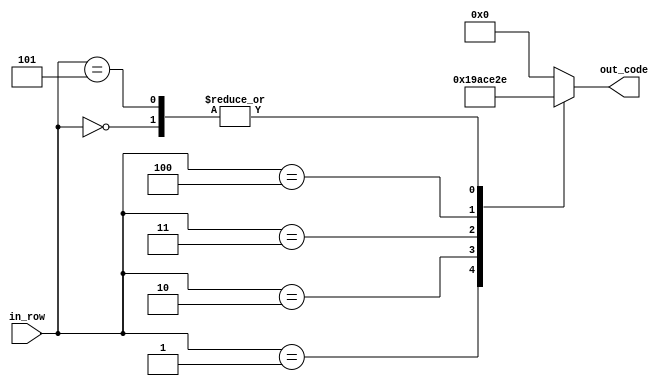
module num_0(
    input [2:0] in_row,
    output reg [4:0] out_code
    );
parameter [4:0] d_0 = 5'b01110; 
parameter [4:0] d_1 = 5'b11001; 
parameter [4:0] d_2 = 5'b10101; 
parameter [4:0] d_3 = 5'b10011; 
parameter [4:0] d_4 = 5'b10001; 
always @ *
begin
	case (in_row)
		3'b000:
			out_code = d_0;
		3'b001:
			out_code = d_1;
		3'b010:
			out_code = d_2;
		3'b011:
			out_code = d_3;
		3'b100:
			out_code = d_4;
		3'b101:
			out_code = d_0;
		default:
			out_code = 5'b0;
	endcase
end
endmodule